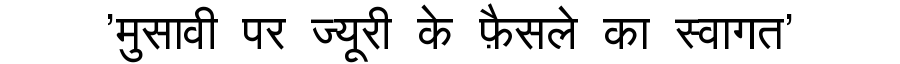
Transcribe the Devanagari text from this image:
'मुसावी पर ज्यूरी के फ़ैसले का स्वागत'